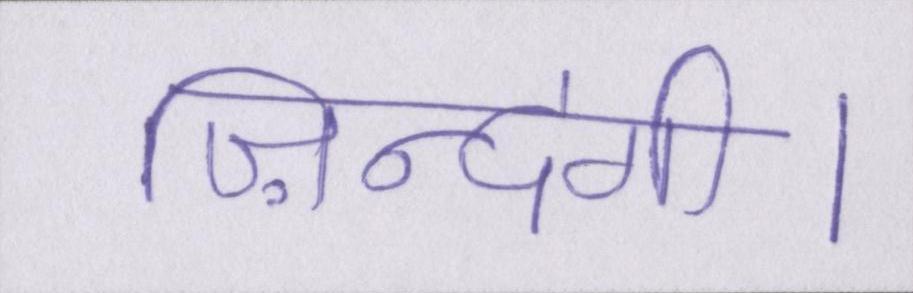
ज़िन्दगी।